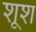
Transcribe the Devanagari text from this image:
शूश